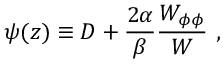
\psi ( z ) \equiv D + { \frac { 2 \alpha } { \beta } } { \frac { W _ { \phi \phi } } { W } } ~ ,